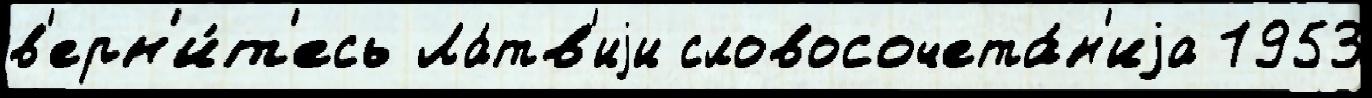
в'ерн'и́т'есь Ла́тв'иjи словосочета́н'иjа 1953